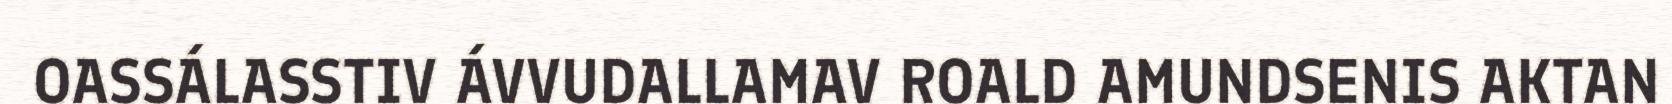
OASSÁLASSTIV ÁVVUDALLAMAV ROALD AMUNDSENIS AKTAN